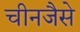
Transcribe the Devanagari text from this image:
चीनजैसे